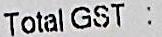
TOTAL GST :